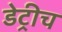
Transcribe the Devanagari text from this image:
डेट्रीच